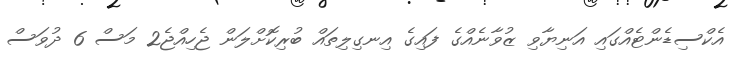
އެކްސިޑެންޓެއްގައި އަނިޔާވި ޒުވާނެއްގެ ފައިގެ އިނގިލިތައް ބުރިކޮށްލަން ޖެހިއްޖެ2 މަސް 6 ދުވަސް